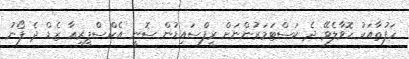
ހަފުތާއަކު ހޮވާލެވޭ ދެ ކަސްޓަމަރުންނަށް ރީފްސައިޑުން ސޮނީ އެކްސްޕީރިއާ ޒެޑް ދެ ފޯނު